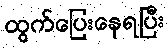
ထွက်ပြေးနေရပြီး